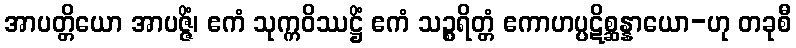
အာပတ္တိယော အာပဇ္ဇိံ၊ ဧကံ သုက္ကဝိဿဋ္ဌိံ ဧကံ သဉ္စရိတ္တံ ဧကာဟပ္ပဋိစ္ဆန္နာယော-ဟု တခုစီ